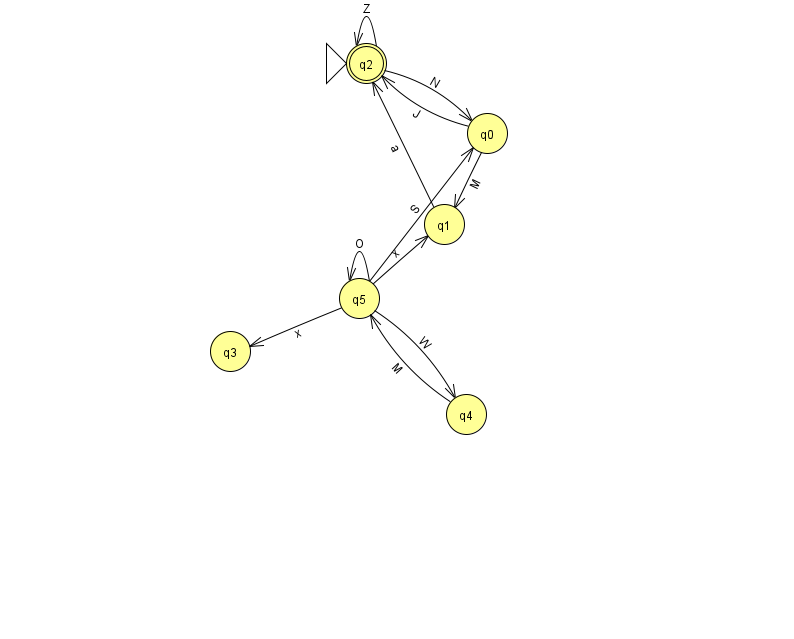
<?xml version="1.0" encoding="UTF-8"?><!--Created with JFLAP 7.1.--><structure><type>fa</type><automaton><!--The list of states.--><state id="0" name="q0"><x>487.0</x><y>120.0</y></state><state id="1" name="q1"><x>444.0</x><y>211.0</y></state><state id="2" name="q2"><x>366.0</x><y>50.0</y><initial/><final/></state><state id="3" name="q3"><x>230.0</x><y>338.0</y></state><state id="4" name="q4"><x>466.0</x><y>401.0</y></state><state id="5" name="q5"><x>359.0</x><y>285.0</y></state><!--The list of transitions.--><transition><from>2</from><to>0</to><read>N</read></transition><transition><from>5</from><to>4</to><read>W</read></transition><transition><from>5</from><to>0</to><read>S</read></transition><transition><from>0</from><to>2</to><read>J</read></transition><transition><from>5</from><to>3</to><read>x</read></transition><transition><from>4</from><to>5</to><read>M</read></transition><transition><from>5</from><to>1</to><read>x</read></transition><transition><from>1</from><to>2</to><read>a</read></transition><transition><from>0</from><to>1</to><read>M</read></transition><transition><from>2</from><to>2</to><read>Z</read></transition><transition><from>5</from><to>5</to><read>O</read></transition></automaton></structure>